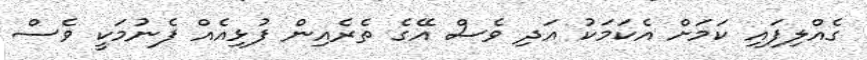
ގެއްލިފައި ކަމަށް އެކަމަކު އަދި ވެސް އޭގެ ތެރެއިން ފުޅިއެއް ފެނުމަކީ ވެސް